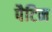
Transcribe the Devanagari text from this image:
पैटिन